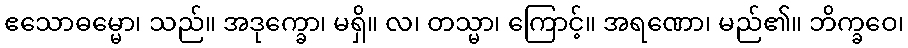
ဧသောဓမ္မော၊ သည်။ အဒုက္ခော၊ မရှိ။ လ၊ တသ္မာ၊ ကြောင့်။ အရဏော၊ မည်၏။ ဘိက္ခဝေ၊